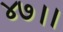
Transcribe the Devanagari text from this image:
४७।।